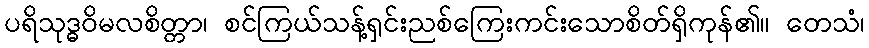
ပရိသုဒ္ဓဝိမလစိတ္တာ၊ စင်ကြယ်သန့်ရှင်းညစ်ကြေးကင်းသောစိတ်ရှိကုန်၏။ တေသံ၊